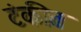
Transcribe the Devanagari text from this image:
टंकीत